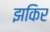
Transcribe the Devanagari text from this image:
झकिर